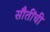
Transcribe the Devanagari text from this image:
सौतींची